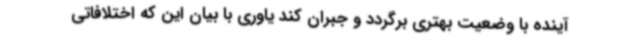
آینده با وضعیت بهتری برگردد و جبران کند یاوری با بیان این که اختلافاتی